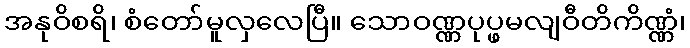
အနုဝိစရိ၊ စံတော်မူလှလေပြီ။ သောဝဏ္ဏပုပ္ဖမလျဝီတိကိဏ္ဏံ၊